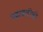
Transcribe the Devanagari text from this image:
पदावलीची